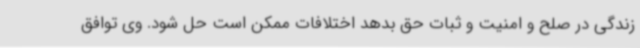
زندگی در صلح و امنیت و ثبات حق بدهد اختلافات ممکن است حل شود. وی توافق